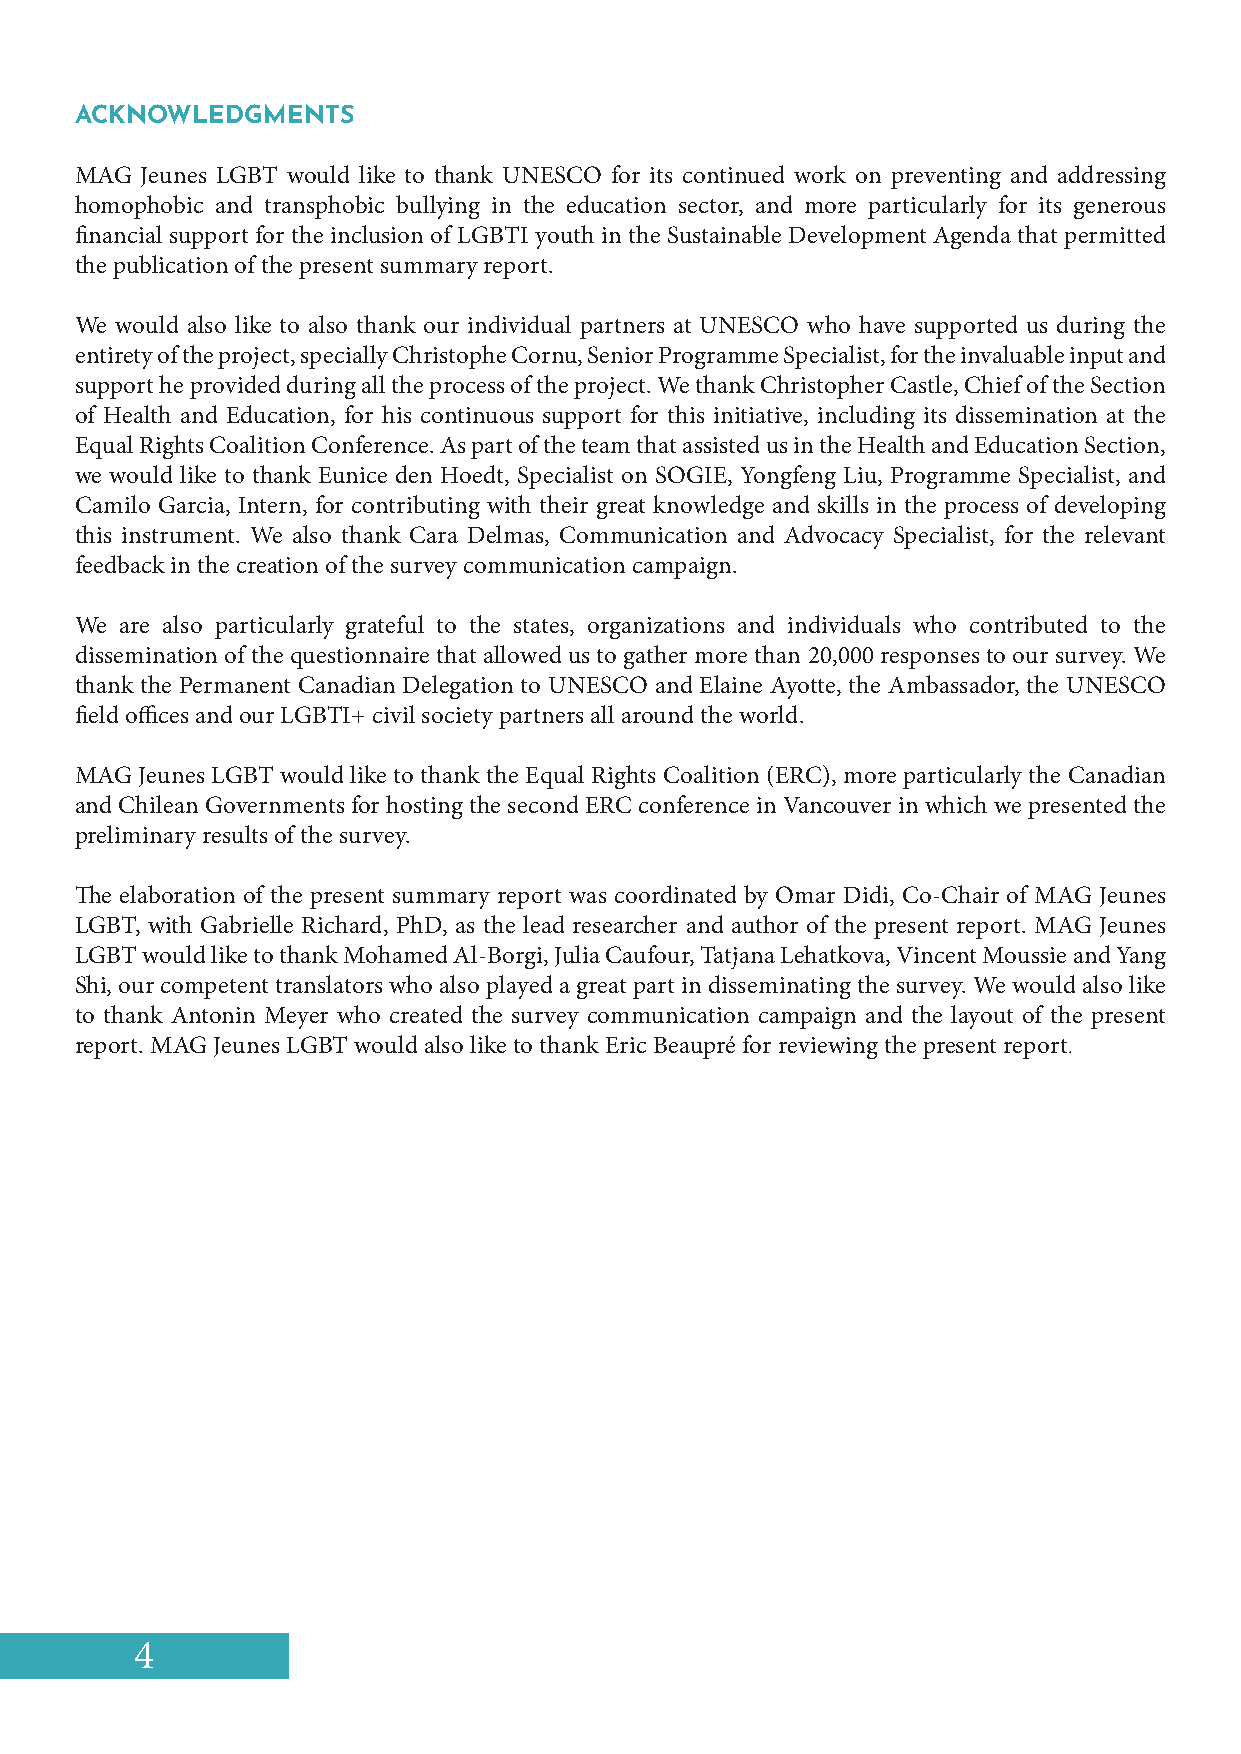
ACKNOWLEDGMENTS
 MAG Jeunes LGBT would like to thank UNESCO for its continued work on preventing and addressing
 homophobic and transphobic bullying in the education sector, and more particularly for its generous
 financial support for the inclusion of LGBTI youth in the Sustainable Development Agenda that permitted
 the publication of the present summary report.
 We would also like to also thank our individual partners at UNESCO who have supported us during the
 entirety of the project, specially Christophe Cornu, Senior Programme Specialist, for the invaluable input and
 support he provided during all the process of the project. We thank Christopher Castle, Chief of the Section
 of Health and Education, for his continuous support for this initiative, including its dissemination at the
 Equal Rights Coalition Conference. As part of the team that assisted us in the Health and Education Section,
 we would like to thank Eunice den Hoedt, Specialist on SOGIE, Yongfeng Liu, Programme Specialist, and
 Camilo Garcia, Intern, for contributing with their great knowledge and skills in the process of developing
 this instrument. We also thank Cara Delmas, Communication and Advocacy Specialist, for the relevant
 feedback in the creation of the survey communication campaign.
 We are also particularly grateful to the states, organizations and individuals who contributed to the
 dissemination of the questionnaire that allowed us to gather more than 20,000 responses to our survey. We
 thank the Permanent Canadian Delegation to UNESCO and Elaine Ayotte, the Ambassador, the UNESCO
 field offices and our LGBTI+ civil society partners all around the world.
 MAG Jeunes LGBT would like to thank the Equal Rights Coalition (ERC), more particularly the Canadian
 and Chilean Governments for hosting the second ERC conference in Vancouver in which we presented the
 preliminary results of the survey.
 The elaboration of the present summary report was coordinated by Omar Didi, Co-Chair of MAG Jeunes
 LGBT, with Gabrielle Richard, PhD, as the lead researcher and author of the present report. MAG Jeunes
 LGBT would like to thank Mohamed Al-Borgi, Julia Caufour, Tatjana Lehatkova, Vincent Moussie and Yang
 Shi, our competent translators who also played a great part in disseminating the survey. We would also like
 to thank Antonin Meyer who created the survey communication campaign and the layout of the present
 report. MAG Jeunes LGBT would also like to thank Eric Beaupré for reviewing the present report.
 4